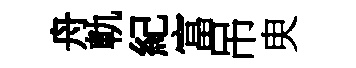
舟軌紀富吊㬰